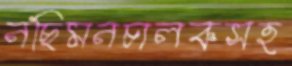
নছিমনচালকসহ